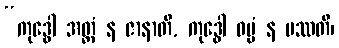
“ကုဒ္ဓေါ အတ္ထံ န ဇာနာတိ, ကုဒ္ဓေါ ဓမ္မံ န ပဿတိ၊